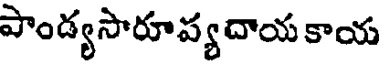
పాండ్యసారూప్యదాయ కాయ